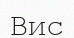
Вис